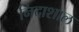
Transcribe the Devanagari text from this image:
निदाशाल